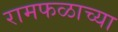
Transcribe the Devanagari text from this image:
रामफळाच्या